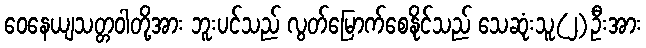
ဝေနေယျသတ္တဝါတို့အား ဘူးပင်သည် လွတ်မြောက်စေနိုင်သည် သေဆုံးသူ(၂)ဦးအား